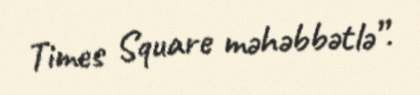
Times Square məhəbbətlə”.